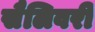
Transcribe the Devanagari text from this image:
सैलिवरी